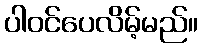
ပါဝင်ပေလိမ့်မည်။